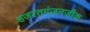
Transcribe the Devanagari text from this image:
हजरतगंजनजीक